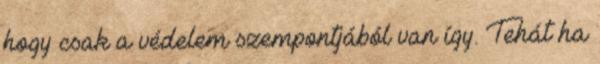
hogy csak a védelem szempontjából van így. Tehát ha